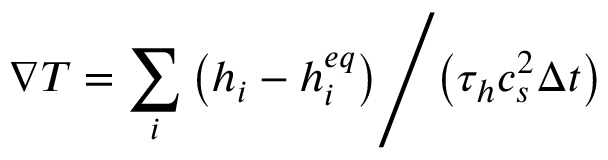
\nabla T = { { \sum _ { i } { \left( { { h _ { i } } - h _ { i } ^ { e q } } \right) } } \mathord { \left/ { \vphantom { { \sum _ { i } { \left( { { h _ { i } } - h _ { i } ^ { e q } } \right) } } { \left( { { \tau _ { h } } c _ { s } ^ { 2 } \Delta t } \right) } } } \right. \kern - \nulldelimiterspace } { \left( { { \tau _ { h } } c _ { s } ^ { 2 } \Delta t } \right) } }